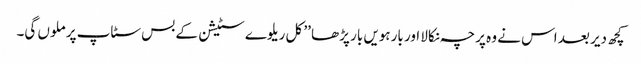
کچھ دیر بعد اس نے وہ پرچہ نکالا اور بارہویں بار پڑھا ’’ کل ریلوے سٹیشن کے بس سٹاپ پر ملوں گی۔